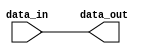
module low_power_buffer(
    input wire data_in,
    output reg data_out
);

// Level shifting logic
assign data_out = data_in;

endmodule